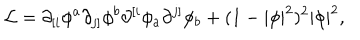
{ \cal L } = \partial _ { [ i } { \phi ^ { a } } \partial _ { j ] } { \phi ^ { b } } \partial ^ { [ i } { \phi _ { a } } \partial ^ { j ] } { \phi _ { b } } + ( 1 - | \phi | ^ { 2 } ) ^ { 2 } | \phi | ^ { 2 } ,